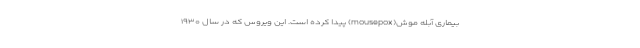
بیماری آبله موش(mousepox) پیدا کرده است. این ویروس که در سال ۱۹۳۰